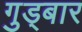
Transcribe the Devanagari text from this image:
गुड्बार